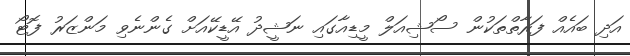
އަދި ބައެއް ފަރާތްތަކުން ސޯޝިއަލް މީޑިއާގައި ނަޝީދު އޭޑީކޭއަށް ގެންނެވި މަންޒަރު ފޮޓޯ